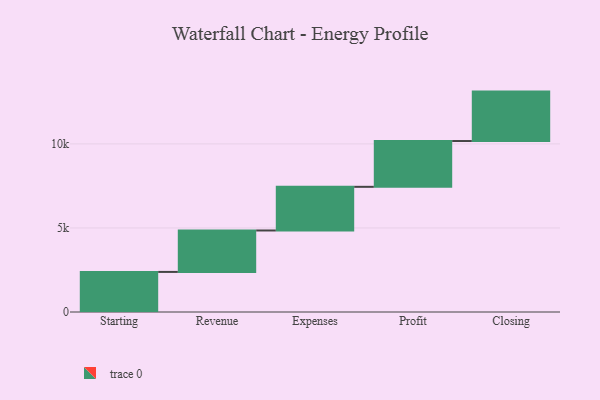
{"axis": {"x": "Step", "y": "Value"}, "legend": [""], "data": [{"x": "Starting", "y": 2384.0, "type": ""}, {"x": "Revenue", "y": 2465.0, "type": ""}, {"x": "Expenses", "y": 2597.0, "type": ""}, {"x": "Profit", "y": 2724.0, "type": ""}, {"x": "Closing", "y": 2940.0, "type": ""}]}